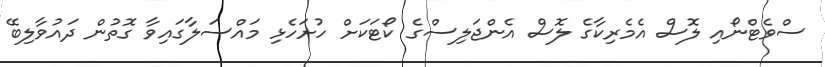
ސްވެޓްނޯއި ލޮސް އެމެރިކާގެ ލޮސް އެންޖަލިސްގެ ކޯޓަކަށް ހުށަހެޅި މައްސަލާގައިވާ ގޮތުން ދައުވާލިބޭ